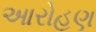
આરોહણ